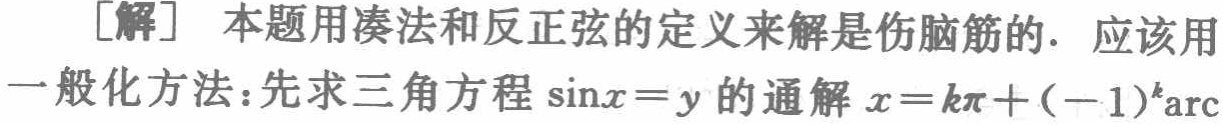
[解] 本题用凑法和反正弦的定义来解是伤脑筋的. 应该用一般化方法：先求三角方程\(\sin x = y\)的通解\(x = k\pi+(-1)^{k}\mathrm{arc}\)